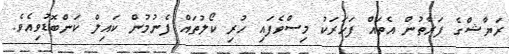
ރަޔާޝްގެ ފަރާތުން އެތައް ފަހަރަކު މިސްވެފައި ހުރި ކޯލުތައް ފެނުމުން ކައިލް ކަންބޮޑުވިއެވެ.